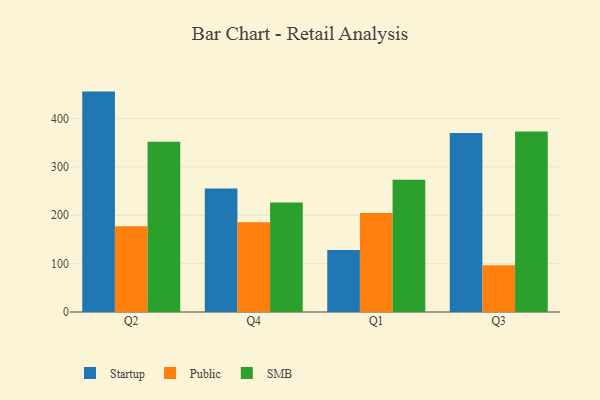
{"axis": {"x": "Quarter", "y": "Active Users"}, "legend": ["Public", "SMB", "Startup"], "data": [{"x": "Q2", "y": 455.8, "type": "Startup"}, {"x": "Q2", "y": 177.4, "type": "Public"}, {"x": "Q2", "y": 352.3, "type": "SMB"}, {"x": "Q4", "y": 255.6, "type": "Startup"}, {"x": "Q4", "y": 185.4, "type": "Public"}, {"x": "Q4", "y": 226.2, "type": "SMB"}, {"x": "Q1", "y": 128.4, "type": "Startup"}, {"x": "Q1", "y": 204.6, "type": "Public"}, {"x": "Q1", "y": 273.3, "type": "SMB"}, {"x": "Q3", "y": 370.3, "type": "Startup"}, {"x": "Q3", "y": 96.5, "type": "Public"}, {"x": "Q3", "y": 373.4, "type": "SMB"}]}